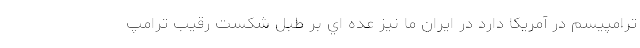
ترامپيسم در آمريكا دارد در ايران ما نيز عده اي بر طبل شكست رقيب ترامپ